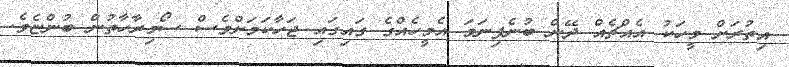
އިތުރަށް މީހަކު އެއްޗެއް ދޭން ބުނެފިނަމަ އެމީހެއްގެ ގައިގައި ޖަހާކަމަށްވެސް ސޯމިރާހާތުން ބުންޏެވެ.